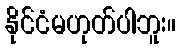
နိုင်ငံမဟုတ်ပါဘူး။